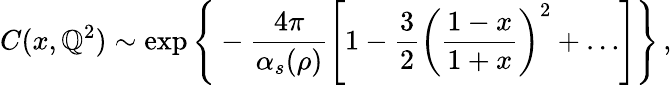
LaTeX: C(x,\mathbb{Q}^{2})\sim\exp\Bigg\{ -\frac{{4\pi}}{{\alpha_{s}(\rho)}}\left[1-\frac{{3}}{{2}}\left(\frac{{1-x}}{{1+x}}\right)^{2}+\ldots\right]\Bigg\} \, ,